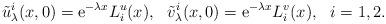
LaTeX: \begin{align*}\tilde{u}^i_\lambda(x,0)=\mathrm{e}^{-\lambda x}L_i^u(x),~~\tilde{v}^i_\lambda(x,0)=\mathrm{e}^{-\lambda x}L_i^v(x),~~i=1,2.\end{align*}